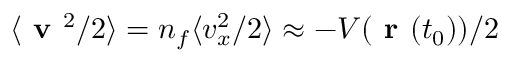
\langle \textbf { v } ^ { 2 } / 2 \rangle = n _ { f } \langle v _ { x } ^ { 2 } / 2 \rangle \approx - V ( \textbf { r } ( t _ { 0 } ) ) / 2